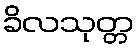
ခိလသုတ္တ